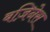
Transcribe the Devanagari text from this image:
बज़िनेस